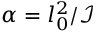
\alpha = l _ { 0 } ^ { 2 } / \mathcal { I }